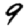
Digit: 9